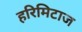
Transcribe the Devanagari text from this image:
हरिमिटाज